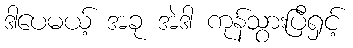
ဒါပေမယ့် အခု အဲဒါ ကုန်သွားပြီရှင့်